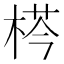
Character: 𣔁